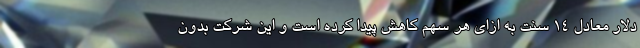
دلار معادل ۱۴ سنت به ازای هر سهم کاهش پیدا کرده است و این شرکت بدون